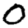
Digit: 0